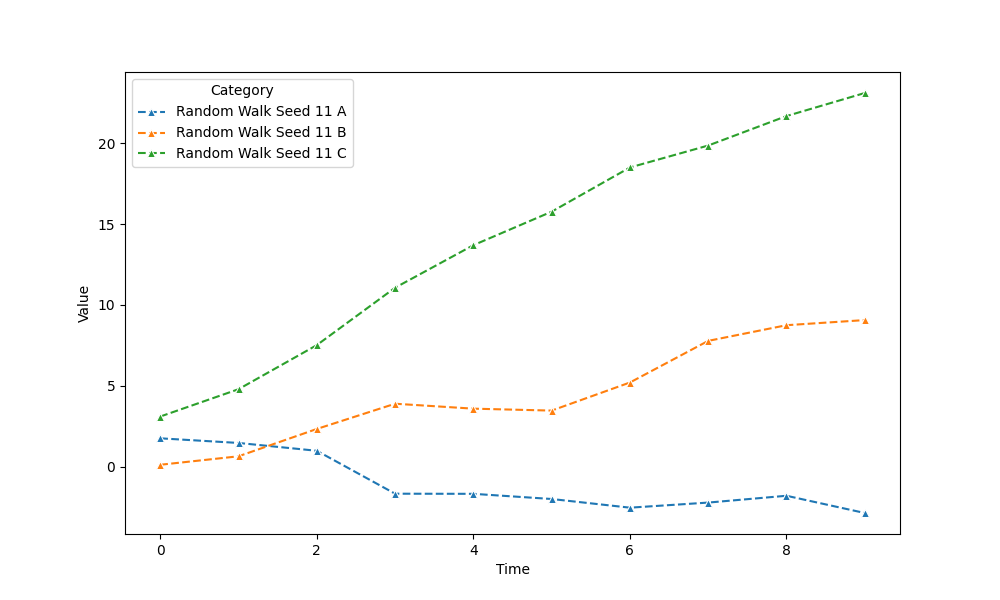
python, seaborn, lineplot, style='dashed', marker='^'